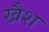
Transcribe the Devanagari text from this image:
खैश